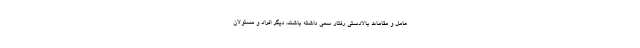
عامل و مقامات بالادستی رفتار سمی داشته باشند، دیگر افراد و مسئولان